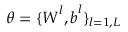
\theta = \lbrace \boldsymbol { W } ^ { l } , \boldsymbol { b } ^ { l } \rbrace _ { l = 1 , L }